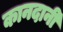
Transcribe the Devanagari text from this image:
कानदानी